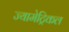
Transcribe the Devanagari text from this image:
ज्यामेट्रिकल